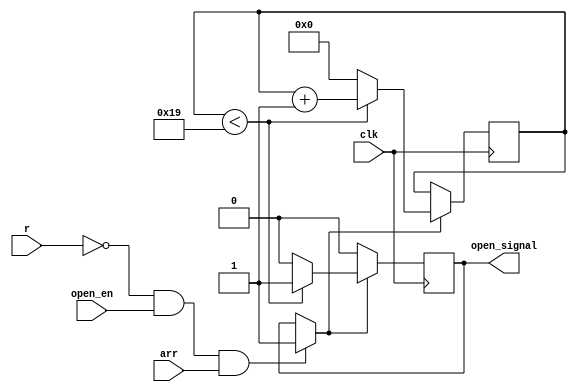
module open(clk, open_en, open_signal, r, arr);
input clk, open_en, arr;//clk 50HZ, open_en, r, arr 1
output open_signal;
input r;

parameter times = 5'b11001;

reg close_en;
reg open_signal;
//
reg[4:0] cnt = 5'b00000;


always@ (posedge clk)
begin
	if(r == 0 && open_en == 1 && arr == 1)
		open_signal = 1;

	else ;

	//open_signal,r,c_100
	if(open_signal)
	begin
		if(cnt < times) cnt <= cnt+1;
		else begin//, = 0
				cnt <= 0;
				open_signal = 0;
			  end
			
	end
	
	else ;


end

endmodule